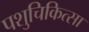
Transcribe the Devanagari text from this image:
पशुचिकित्‍सा